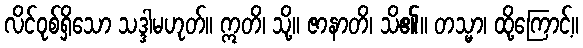
လိင်ဝုစ်ရှိသော သဒ္ဒါမဟုတ်။ ဣတိ၊ သို့။ ဇာနာတိ၊ သိ၏။ တသ္မာ၊ ထို့ကြောင့်။